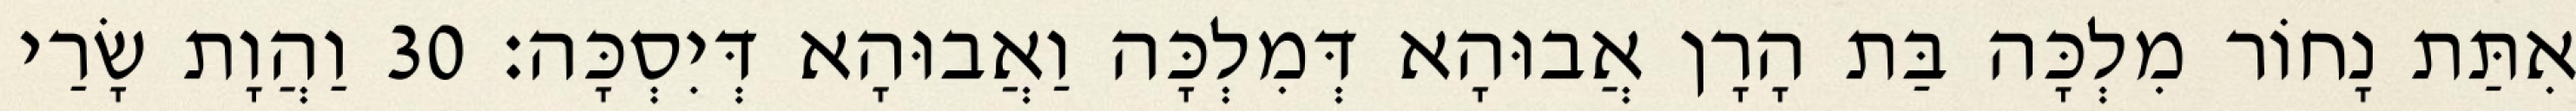
אִתַּת נָחוֹר מִלְכָּה בַּת הָרָן אֲבוּהָא דְּמִלְכָּה וַאֲבוּהָא דְּיִסְכָּה׃ 30 וַהֲוָת שָׂרַי